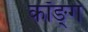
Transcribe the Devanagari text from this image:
कॉङ्‌ग